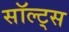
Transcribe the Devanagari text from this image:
सॉल्ट्स